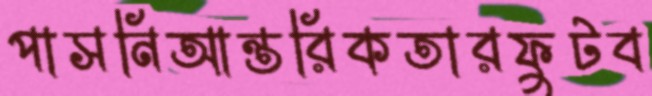
পাসনিআন্তরিকতারফুটব